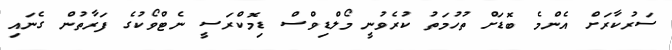
ސަރުކާރަށް އެންމެ ބޮޑަށް ތުހުމަތު ކުރެވުނީ މޯލްޑިވްސް ޑިމޮކްރަސީ ނެޓްވޯކުގެ ފަރާތުން ގެނައި